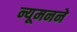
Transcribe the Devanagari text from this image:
न्यूमनने